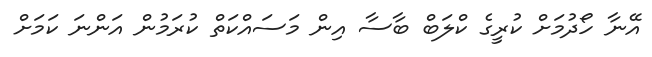
އޭނާ ހޯދުމަށް ކުރީގެ ކްލަބް ބާސާ އިން މަސައްކަތް ކުރަމުން އަންނަ ކަމަށް